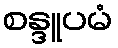
စန္ဒူပမံ